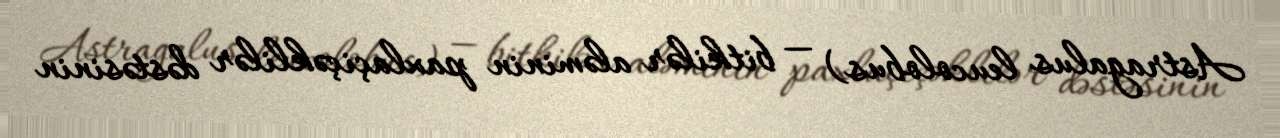
Astragalus leucolobus) — bitkilər aləminin paxlaçiçəklilər dəstəsinin